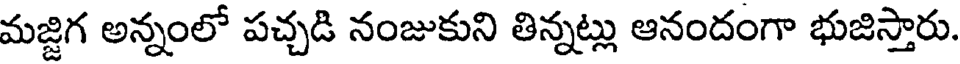
మజ్జిగ అన్నంలో పచ్చడి నంజుకుని తిన్నట్లు ఆనందంగా భుజిస్తారు.